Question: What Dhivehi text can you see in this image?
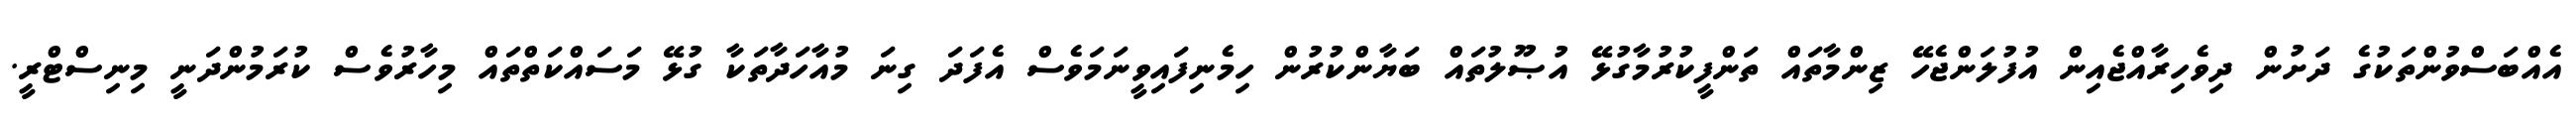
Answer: އެއްބަސްވުންތަކުގެ ދަށުން ދިވެހިރާއްޖެއިން އުފުލަންޖެހޭ ޒިންމާތައް ތަންފީކުރުމާގުޅޭ އުޞޫލުތައް ބަޔާންކުރުން ހިމެނިފައިވީނަމަވެސް އެފަދަ ގިނަ މުއާހަދާތަކާ ގުޅޭ މަސައްކަތްތައް މިހާރުވެސް ކުރަމުންދަނީ މިނިސްޓްރީ.